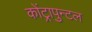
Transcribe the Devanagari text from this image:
कोंट्रापुन्टल